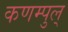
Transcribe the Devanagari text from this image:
कणम्पुल्